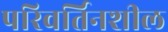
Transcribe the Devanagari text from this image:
परिवर्तिनशील